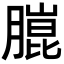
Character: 𮌴